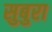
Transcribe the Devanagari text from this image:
सुबुरा